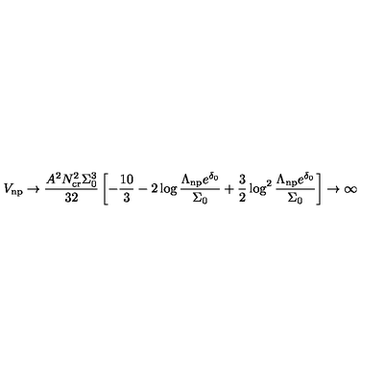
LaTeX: V _ { \mathrm { n p } } \rightarrow \frac { A ^ { 2 } N _ { \mathrm { c r } } ^ { 2 } \Sigma _ { 0 } ^ { 3 } } { 3 2 } \left[ - { \frac { 1 0 } { 3 } } - 2 \log \frac { \Lambda _ { \mathrm { n p } } e ^ { \delta _ { 0 } } } { \Sigma _ { 0 } } + { \frac { 3 } { 2 } } \log ^ { 2 } \frac { \Lambda _ { \mathrm { n p } } e ^ { \delta _ { 0 } } } { \Sigma _ { 0 } } \right] \rightarrow \infty